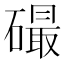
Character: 𥕸